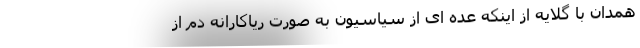
همدان با گلایه از اینکه عده ای از سیاسیون به صورت ریاکارانه دم از